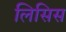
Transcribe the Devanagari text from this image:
लिसिस